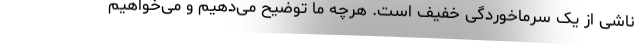
ناشی از یک سرماخوردگی خفیف است. هرچه ما توضیح می‌دهیم و می‌خواهیم